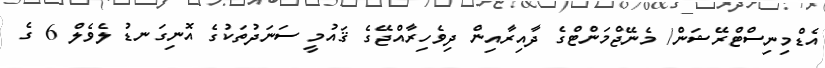
އެޑްމިނިސްޓްރޭޝަން/ މެނޭޖްމަންޓްގެ ދާއިރާއިން ދިވެހިރާއްޖޭގެ ޤައުމީ ސަނަދުތަކުގެ އޮނިގަނޑު ލެވެލް 6 ގެ